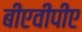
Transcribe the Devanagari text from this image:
बीएवीपीए